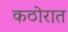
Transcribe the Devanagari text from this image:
कठोरात